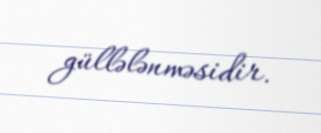
güllələnməsidir.